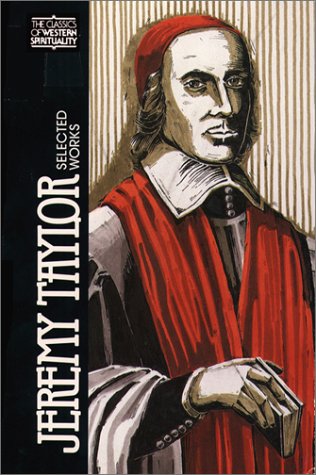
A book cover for Jeremy Taylor Selected Works (Classics of Western Spirituality); Jeremy Taylor; Christian Books & Bibles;